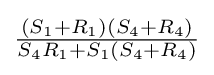
{\tfrac {(S_{1}+R_{1})(S_{4}+R_{4})}{S_{4}R_{1}+S_{1}(S_{4}+R_{4})}}